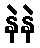
နဲနဲ